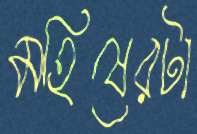
মহিষেরটা